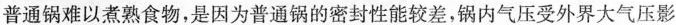
普通锅难以煮熟食物，是因为普通锅的密封性能较差，锅内气压受外界大气压影